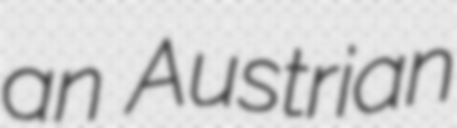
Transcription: an Austrian